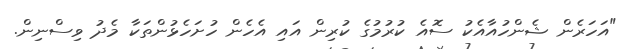
"އަހަރެން ޝެންހުއާއެކު ސޮއެ ކުރުމުގެ ކުރިން އައި އެހެން ހުށަހެޅުންތަކާ މެދު ވިސްނިން.